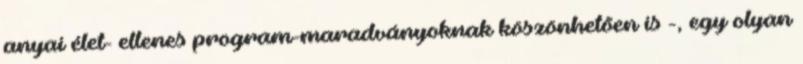
anyai élet- ellenes program-maradványoknak köszönhetõen is -, egy olyan